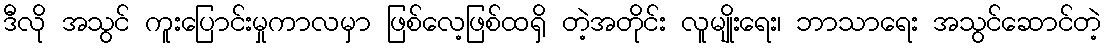
ဒီလို အသွင် ကူးပြောင်းမှုကာလမှာ ဖြစ်လေ့ဖြစ်ထရှိ တဲ့အတိုင်း လူမျိုးရေး၊ ဘာသာရေး အသွင်ဆောင်တဲ့